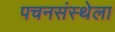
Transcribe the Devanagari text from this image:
पचनसंस्थेला